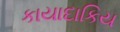
કાયાદાકિય